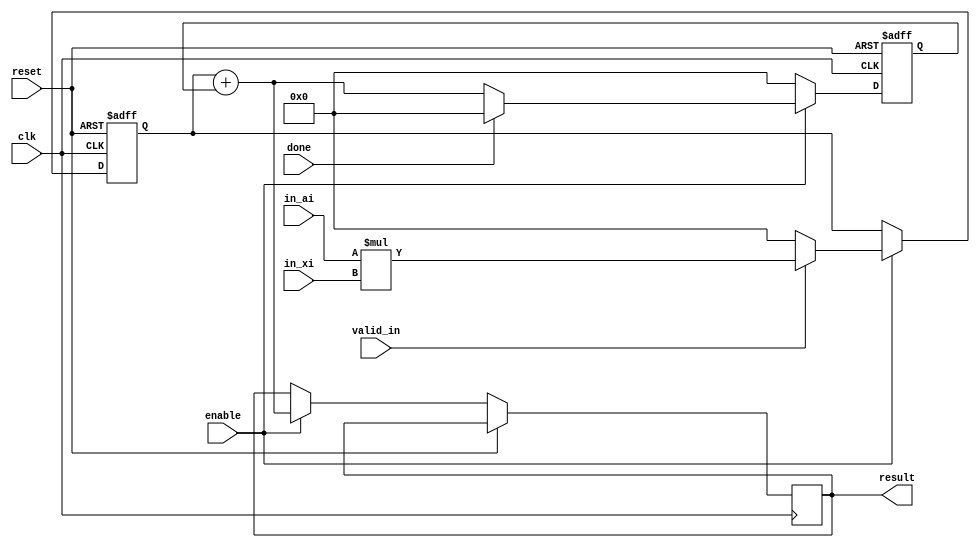
module Product_Sum (clk, reset, enable, valid_in, done, in_ai, in_xi, result);

input wire clk, reset;
input wire done, enable, valid_in;
input wire [7:0]in_ai;
input wire [7:0]in_xi;
output reg [15:0]result;

reg [15:0]mult_reg;
reg [15:0]register;
wire [15:0]mult_result;
wire [15:0]result_w;

assign mult_result = in_ai*in_xi;
assign result_w = mult_reg + register;

always @ (posedge clk or posedge reset) begin
	if (reset == 1'b1) begin
		register <= 16'b0;
		mult_reg <= 16'b0;
	end
	else begin
		if (enable == 1) begin
			if (valid_in == 1) begin
				mult_reg <= mult_result;
			end
			else begin
				mult_reg <= 16'b0;
			end
			if (done == 0) begin
				register <= result_w;
			end
			else begin
				register <= 16'b0;
			end
			result <= result_w;
		end
		else begin
			register <= 16'b0;
		end
	end
end

endmodule